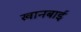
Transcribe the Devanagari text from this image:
खानबाई